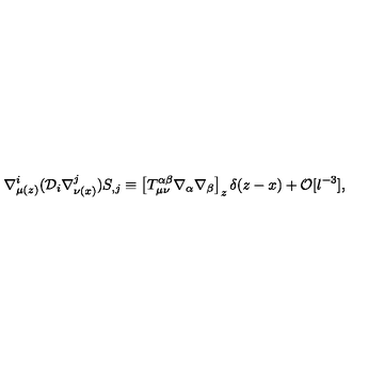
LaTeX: \nabla _ { \mu ( z ) } ^ { i } ( { \cal D } _ { i } \nabla _ { \nu ( x ) } ^ { j } ) S _ { , j } \equiv \left[ T _ { \mu \nu } ^ { \alpha \beta } \nabla _ { \alpha } \nabla _ { \beta } \right] _ { z } \delta ( z - x ) + { \cal O } [ l ^ { - 3 } ] ,